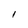
Character: l